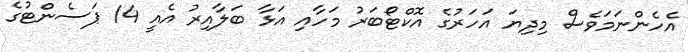
އެހެންނަމަވެސް މިދިޔަ އަހަރުގެ އޮކްޓޯބަރު މަހާއި އަޅާ ބަލާއިރު އެއީ 14 ޕަސެންޓުގެ